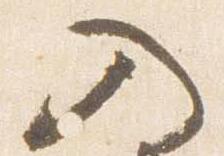
入